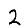
Digit: 2